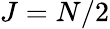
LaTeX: J=N/2